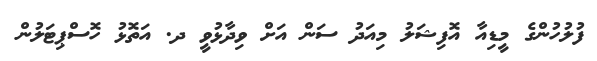
ފުލުހުންގެ މީޑިއާ އޮފިޝަލު މިއަދު ސަން އަށް ވިދާޅުވީ ދ. އަތޮޅު ހޮސްޕިޓަލުން